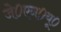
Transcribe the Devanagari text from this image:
जे०एन०यू०